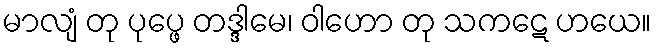
မာလျံ တု ပုပ္ဖေ တဒ္ဒါမေ၊ ဝါဟော တု သကဋေ ဟယေ။